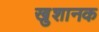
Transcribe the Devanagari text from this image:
खुशानक